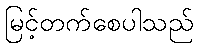
မြင့်တက်စေပါသည်